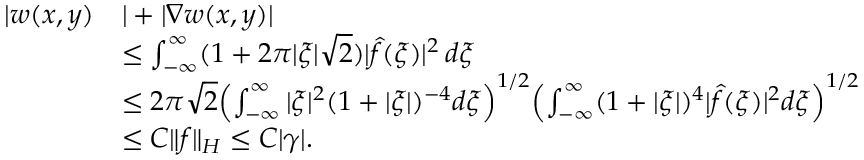
\begin{array} { r l } { | w ( x , y ) } & { | + | \nabla w ( x , y ) | } \\ & { \leq \int _ { - \infty } ^ { \infty } ( 1 + 2 \pi | \xi | \sqrt { 2 } ) | \hat { f } ( \xi ) | ^ { 2 } \, d \xi } \\ & { \leq 2 \pi \sqrt { 2 } \Bigl ( \int _ { - \infty } ^ { \infty } | \xi | ^ { 2 } ( 1 + | \xi | ) ^ { - 4 } d \xi \Bigr ) ^ { 1 / 2 } \Bigl ( \int _ { - \infty } ^ { \infty } ( 1 + | \xi | ) ^ { 4 } | \hat { f } ( \xi ) | ^ { 2 } d \xi \Bigr ) ^ { 1 / 2 } } \\ & { \leq C \| f \| _ { H } \leq C | \gamma | . } \end{array}